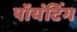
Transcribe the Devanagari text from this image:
पॉयंटिंग